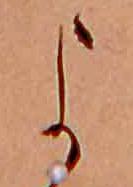
よ